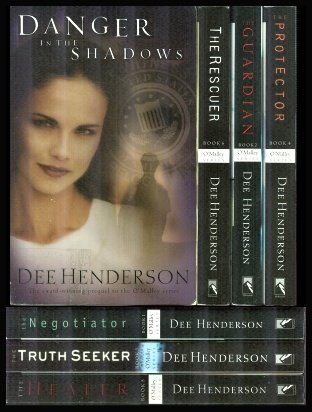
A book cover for The Complete O'Malley Series: Set of 7 Volumes: Danger in the Shadows; The Negotiator; The Guardian; The Truth Seeker; The Protector; The Healer; The Rescuer (O'Malley Series, Prequel, 1, 2, 3, 4, 5, 6); Romance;